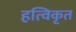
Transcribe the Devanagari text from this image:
हत्विकृत